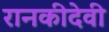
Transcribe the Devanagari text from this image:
रानकीदेवी